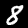
Digit: 8